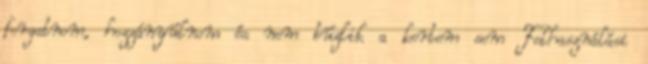
forgatnom, hozzányúlnom és nem búzlik a kertem sem Felhasználási